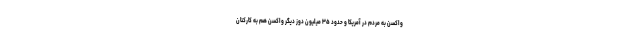
واکسن به مردم در آمریکا و حدود ۳۵ میلیون دوز دیگر واکسن هم به کارکنان